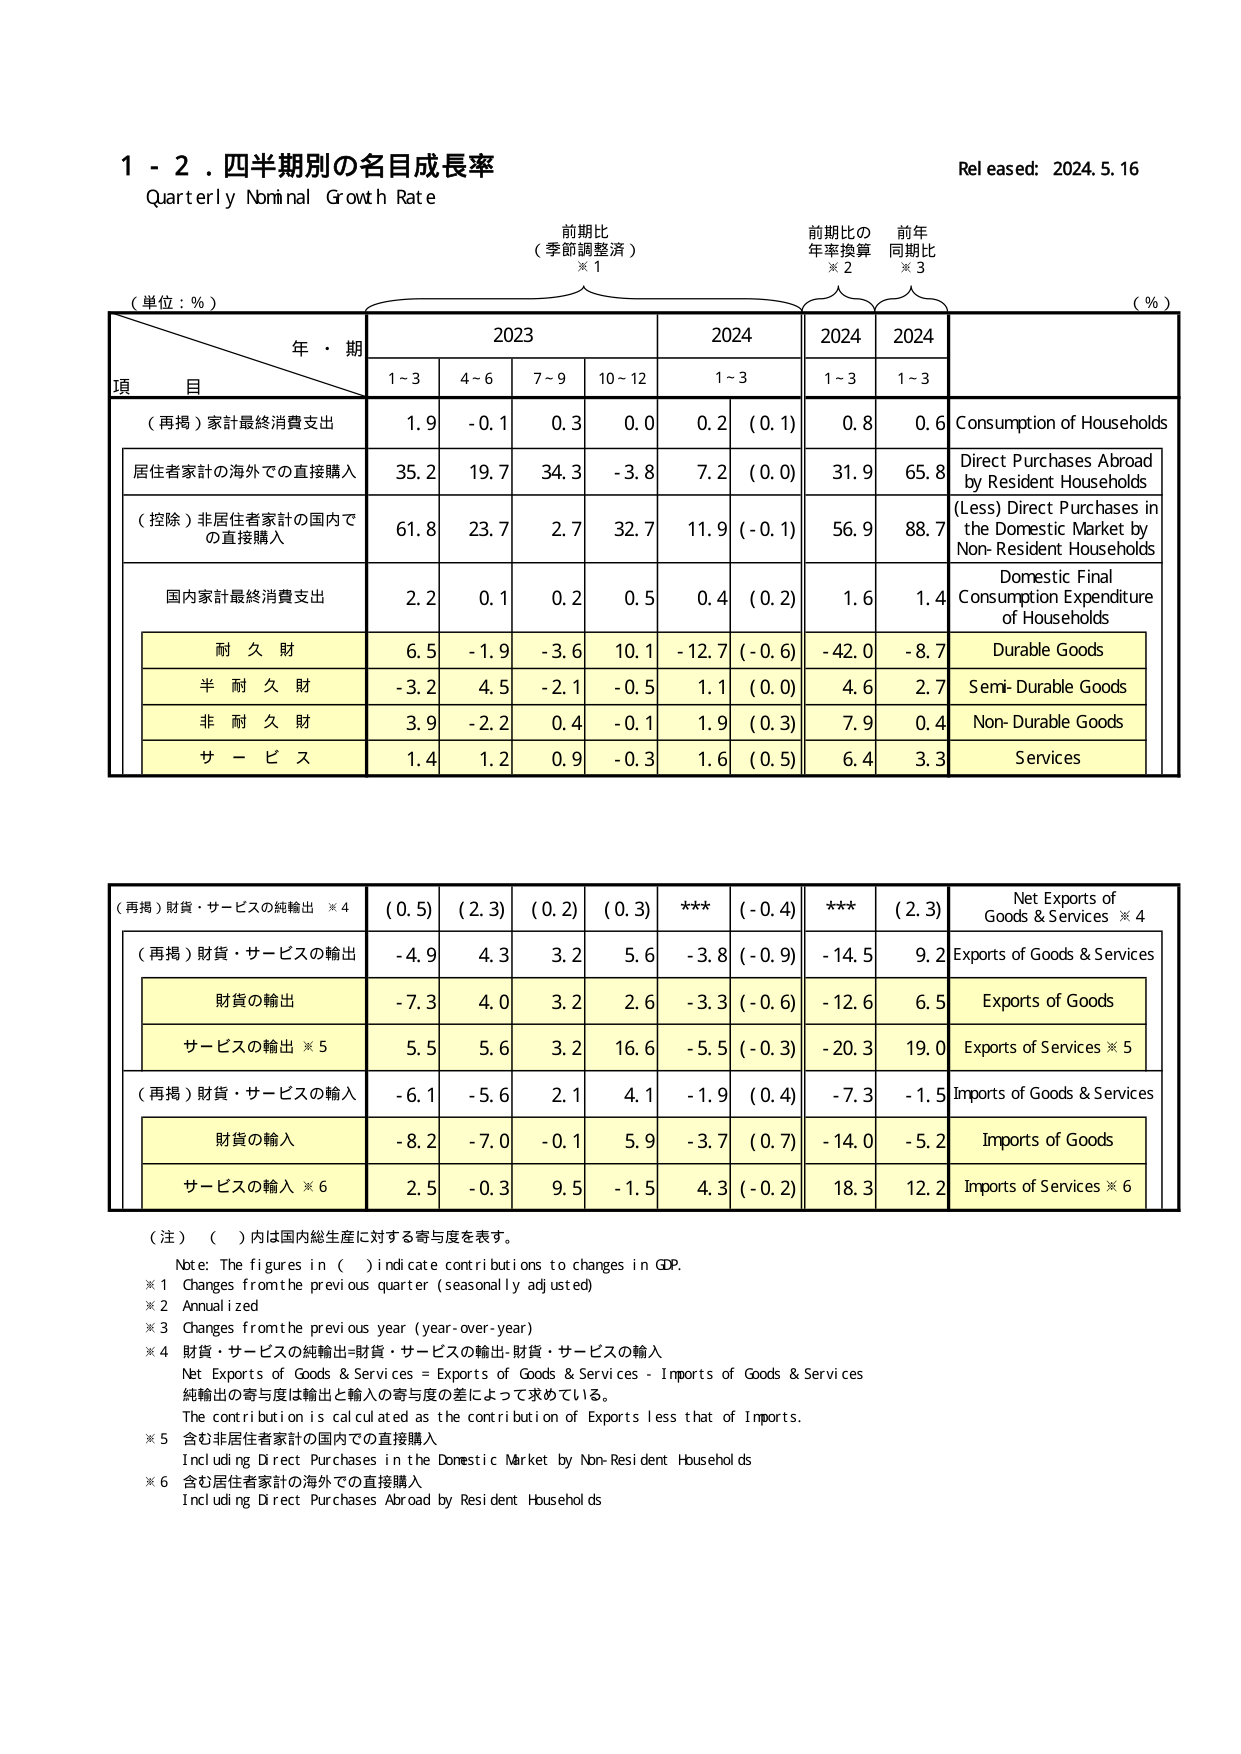
1 - 2. 四半期別の名目成長率
Quarterly Nominal Growth Rate
Released: 2024.5.16

（単位：%）
年・期
前期比
（季節調整済）※1
前期比の
年率換算
※2
前年
同期比
※3
（%）

項 目
2023
2024
2024
2024

1~3
4~6
7~9
10~12
1~3
1~3
1~3

（再掲）家計最終消費支出
1.9
-0.1
0.3
0.0
0.2
(0.1)
0.8
0.6
Consumption of Households

居住者家計の海外での直接購入
35.2
19.7
34.3
-3.8
7.2
(0.0)
31.9
65.8
Direct Purchases Abroad by Resident Households

（控除）非居住者家計の国内での直接購入
61.8
23.7
2.7
32.7
11.9
(-0.1)
56.9
88.7
(Less) Direct Purchases in the Domestic Market by Non-Resident Households

国内家計最終消費支出
2.2
0.1
0.2
0.5
0.4
(0.2)
1.6
1.4
Domestic Final Consumption Expenditure of Households

耐 久 財
6.5
-1.9
-3.6
10.1
-12.7
(-0.6)
-42.0
-8.7
Durable Goods

半 耐 久 財
-3.2
4.5
-2.1
-0.5
1.1
(0.0)
4.6
2.7
Semi-Durable Goods

非 耐 久 財
3.9
-2.2
0.4
-0.1
1.9
(0.3)
7.9
0.4
Non-Durable Goods

サ ー ビ ス
1.4
1.2
0.9
-0.3
1.6
(0.5)
6.4
3.3
Services

（再掲）財貨・サービスの純輸出 ※4
(0.5)
(2.3)
(0.2)
(0.3)
***
(-0.4)
***
(2.3)
Net Exports of Goods & Services ※4

（再掲）財貨・サービスの輸出
-4.9
4.3
3.2
5.6
-3.8
(-0.9)
-14.5
9.2
Exports of Goods & Services

財貨の輸出
-7.3
4.0
3.2
2.6
-3.3
(-0.6)
-12.6
6.5
Exports of Goods

サービスの輸出 ※5
5.5
5.6
3.2
16.6
-5.5
(-0.3)
-20.3
19.0
Exports of Services ※5

（再掲）財貨・サービスの輸入
-6.1
-5.6
2.1
4.1
-1.9
(0.4)
-7.3
-1.5
Imports of Goods & Services

財貨の輸入
-8.2
-7.0
-0.1
5.9
-3.7
(0.7)
-14.0
-5.2
Imports of Goods

サービスの輸入 ※6
2.5
-0.3
9.5
-1.5
4.3
(-0.2)
18.3
12.2
Imports of Services ※6

（注）（ ）内は国内総生産に対する寄与度を表す。
Note: The figures in ( ) indicate contributions to changes in GDP.
※1 Changes from the previous quarter (seasonally adjusted)
※2 Annualized
※3 Changes from the previous year (year-over-year)
※4 財貨・サービスの純輸出=財貨・サービスの輸出-財貨・サービスの輸入
Net Exports of Goods & Services = Exports of Goods & Services - Imports of Goods & Services
純輸出の寄与度は輸出と輸入の寄与度の差によって求めている。
The contribution is calculated as the contribution of Exports less that of Imports.
※5 含む非居住者家計の国内での直接購入
Including Direct Purchases in the Domestic Market by Non-Resident Households
※6 含む居住者家計の海外での直接購入
Including Direct Purchases Abroad by Resident Households